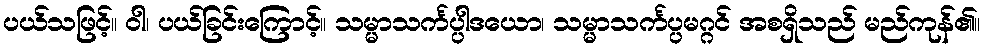
ပယ်သဖြင့်။ ဝါ၊ ပယ်ခြင်းကြောင့်။ သမ္မာသင်္ကပ္ပါဒယော၊ သမ္မာသင်္ကပ္ပမဂ္ဂင် အစရှိသည် မည်ကုန်၏။